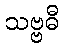
သဗ္ဗဓီ